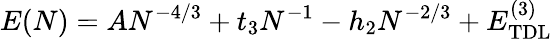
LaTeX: E(N)=AN^{-4/3}+t_{3}N^{-1}-h_{2}N^{-2/3}+E_{\mathrm{TDL}}^{\mathrm{(3)}}